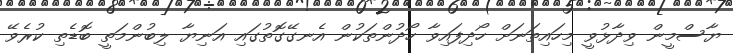
ޔާސްމީން ވިދާޅުވީ މިހައިތަނަށް ހޯދިފައިވާ ހޯދުންތަކުން އެނގޭގޮތުގައި އަނިޔާ ލިބުންމަތީ ބޮޑެތި ކުރެވޭ